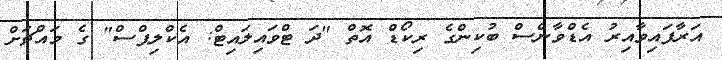
އަރާފައިވާއިރު އެޑްވާންސް ބުކިންގެ ރިކޯޑް އޮތް "ދަ ޓްވައިލައިޓް: އެކްލިޕްސް" ގެ މައްޗަށް